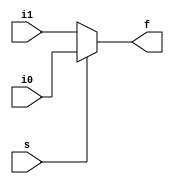
/*
	mux2x1.v
	multiplexador 2x1 usando condicional
	
*/

module mux2x1 (i0,i1,s,f);

	input [3:0] i0, i1;
	input s;
	output [3:0] f;
	
	assign f = s ? i0 : i1;

endmodule